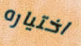
اختياره